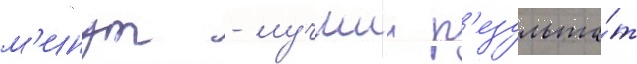
м'инут - лучшии р'езульта́т